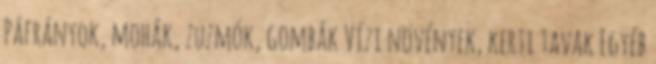
Páfrányok, mohák, zuzmók, gombák Vízi növények, kerti tavak Egyéb